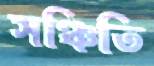
সঞ্চিতি